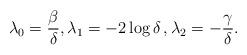
LaTeX: \begin{align*} \lambda_0 = \frac{\beta}{\delta} , \lambda_1 = -2 \log \delta \, , \lambda_2 = -\frac{\gamma}{\delta} . \end{align*}